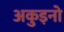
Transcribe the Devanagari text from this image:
अकुइनो